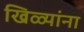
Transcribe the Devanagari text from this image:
खिळ्यांना